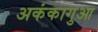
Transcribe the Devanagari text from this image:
अकंकागुआ